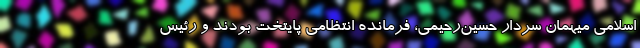
اسلامی میهمان سردار حسین‌رحیمی، فرمانده انتظامی پایتخت بودند و رئیس